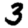
Digit: 3